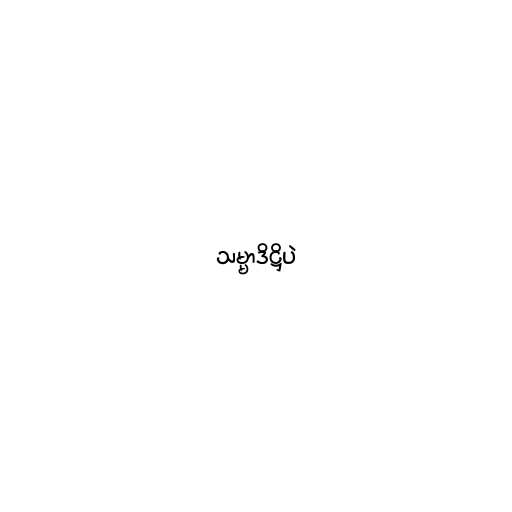
သမ္မာဒိဋ္ဌိပဲ